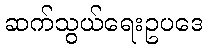
ဆက်သွယ်ရေးဥပဒေ